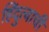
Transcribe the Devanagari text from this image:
हिंदुत्वाची